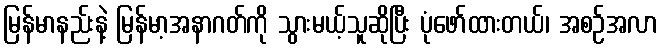
မြန်မာနည်းနဲ့ မြန်မာ့အနာဂတ်ကို သွားမယ့်သူဆိုပြီး ပုံဖော်ထားတယ်၊ အစဉ်အလာ